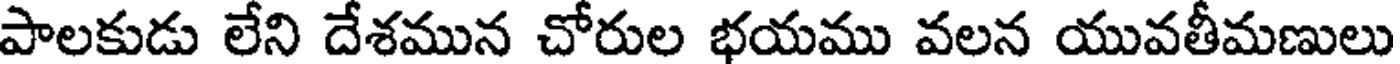
పాలకుడు లేని దేశమున చోరుల భయము వలన యువతీమణులు